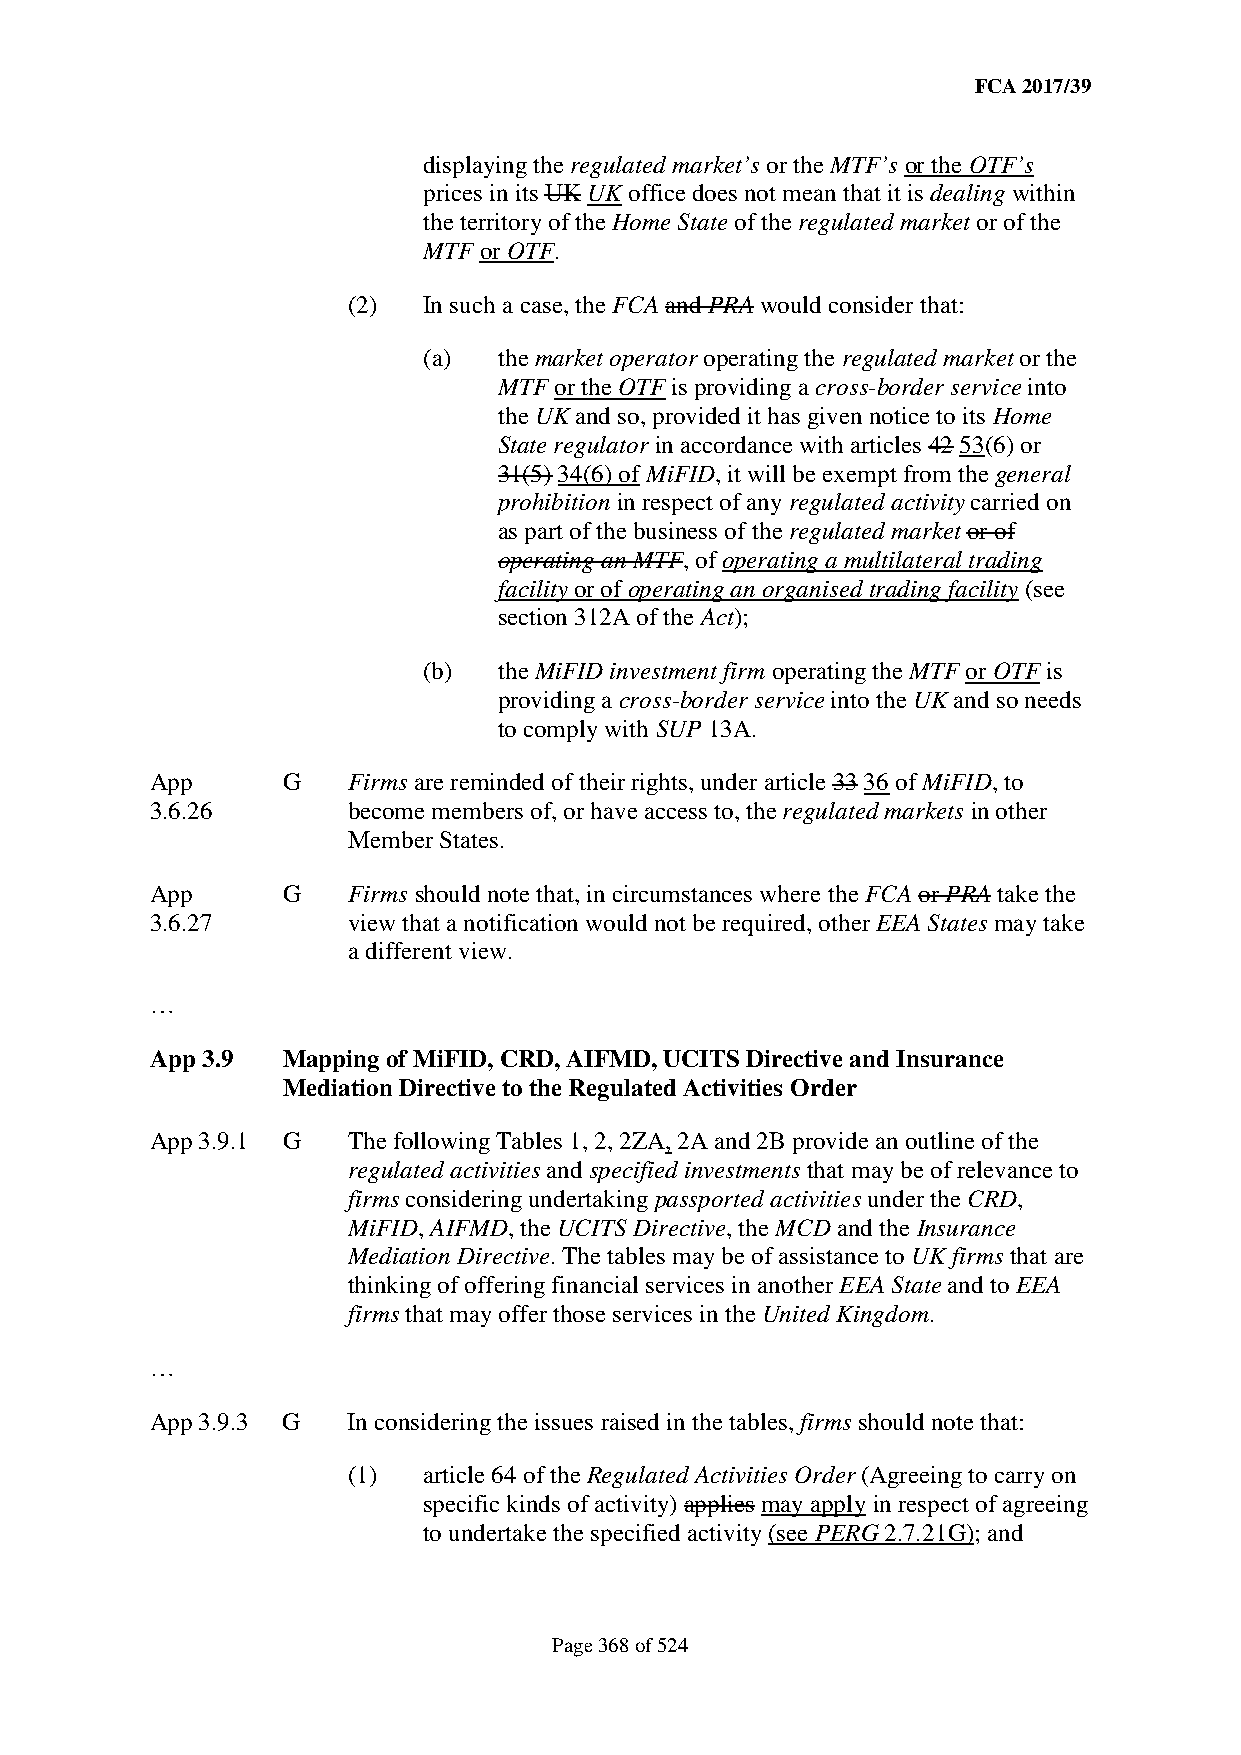
FCA 2017/39
 displaying the regulated market’s or the MTF’s or the OTF’s
 prices in its UK UK office does not mean that it is dealing within
 the territory of the Home State of the regulated market or of the
 MTF or OTF.
 (2)  In such a case, the FCA and PRA would consider that:
 (a)  the market operator operating the regulated market or the
 MTF or the OTF is providing a cross-border service into
 the UK and so, provided it has given notice to its Home
 State regulator in accordance with articles 42 53(6) or
 31(5) 34(6) of MiFID, it will be exempt from the general
 prohibition in respect of any regulated activity carried on
 as part of the business of the regulated market or of
 operating an MTF, of operating a multilateral trading
 facility or of operating an organised trading facility (see
 section 312A of the Act);
 (b)  the MiFID investment firm operating the MTF or OTF is
 providing a cross-border service into the UK and so needs
 to comply with SUP 13A.
 App      G   Firms are reminded of their rights, under article 33 36 of MiFID, to
 3.6.26       become members of, or have access to, the regulated markets in other
 Member States.
 App      G   Firms should note that, in circumstances where the FCA or PRA take the
 3.6.27       view that a notification would not be required, other EEA States may take
 a different view.
 …
 App 3.9  Mapping of MiFID, CRD, AIFMD, UCITS Directive and Insurance
 Mediation Directive to the Regulated Activities Order
 App 3.9.1 G  The following Tables 1, 2, 2ZA, 2A and 2B provide an outline of the
 regulated activities and specified investments that may be of relevance to
 firms considering undertaking passported activities under the CRD,
 MiFID, AIFMD, the UCITS Directive, the MCD and the Insurance
 Mediation Directive. The tables may be of assistance to UK firms that are
 thinking of offering financial services in another EEA State and to EEA
 firms that may offer those services in the United Kingdom.
 …
 App 3.9.3 G  In considering the issues raised in the tables, firms should note that:
 (1)  article 64 of the Regulated Activities Order (Agreeing to carry on
 specific kinds of activity) applies may apply in respect of agreeing
 to undertake the specified activity (see PERG 2.7.21G); and
 Page 368 of 524